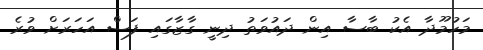
މަހުމޫދާ އެކު ބާސާ އިން ދައުވަތު ދިނީ ގާޒާގައި ފަސް އަހަރަށް ވުރެ